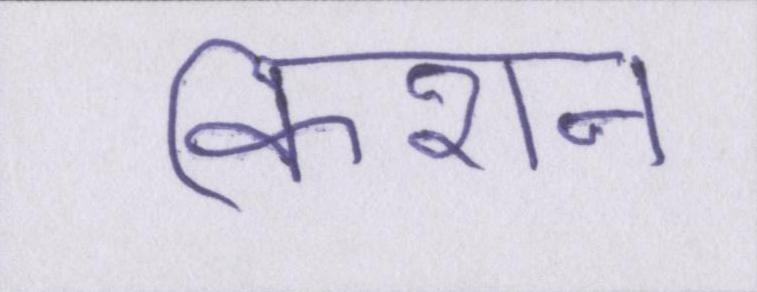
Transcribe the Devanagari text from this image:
किशन